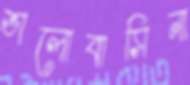
ভালোবাসিনা